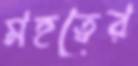
মহত্বের